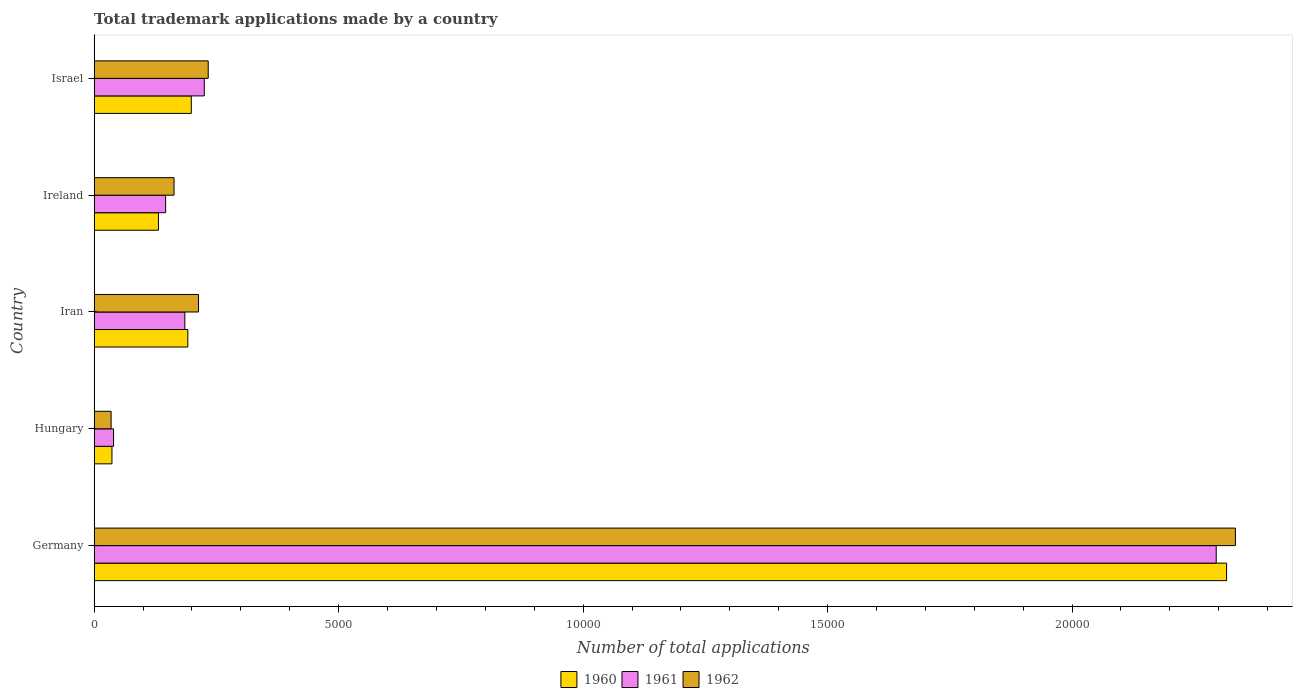
| Country | 1960 | 1961 | 1962 |
 | --- | --- | --- | --- |
 | Germany | 2.32e+04 | 2.29e+04 | 2.33e+04 |
 | Hungary | 363 | 396 | 346 |
 | Iran | 1.92e+03 | 1.85e+03 | 2.13e+03 |
 | Ireland | 1.31e+03 | 1.46e+03 | 1.63e+03 |
 | Israel | 1.99e+03 | 2.25e+03 | 2.33e+03 |